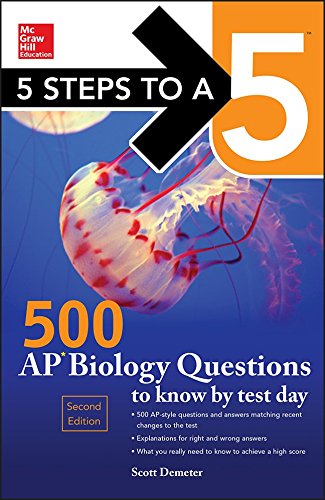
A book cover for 5 Steps to a 5 500 AP Biology Questions to Know by Test Day, 2nd edition; Mina Lebitz; Test Preparation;